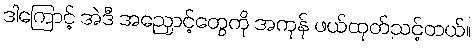
ဒါကြောင့် အဲဒီ အညှောင့်တွေကို အကုန် ဖယ်ထုတ်သင့်တယ်။